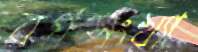
বর্গসংখ্যা